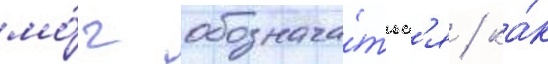
мо́г обознача́тьс'я / ка́к